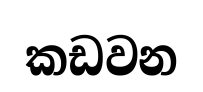
කඩවන